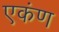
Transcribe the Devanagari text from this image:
एकंण